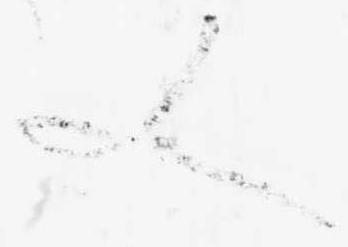
又